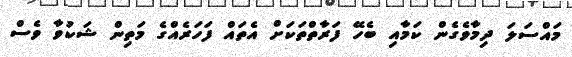
މައްސަލަ ދިމާވެގެން ކަމާއި ބެހޭ ފަރާތްތަަކަށް އެތައް ފަހަރެއްްގެ މަތިން ޝަކުވާ ވެސް